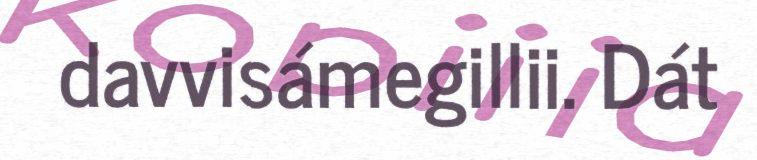
davvisámegillii. Dát